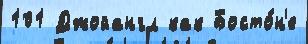
101 Джойангл как Босто́н'е